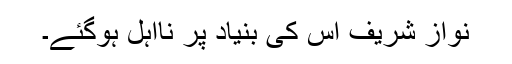
نواز شریف اس کی بنیاد پر نااہل ہوگئے۔